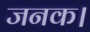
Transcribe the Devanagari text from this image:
जनक।